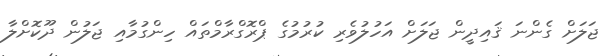
ޖަލަށް ގެންނަ ޤައިދީން ޖަލަށް އަހުލުވެރި ކުރުމުގެ ޕްރޮގްރާމްތައް ހިންގުމާއި ޖަލުން ދޫކޮށްލާ